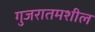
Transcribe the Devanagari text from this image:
गुजरातमशील